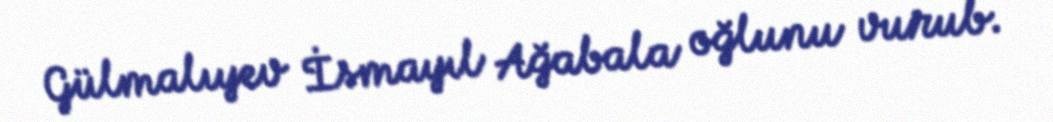
Gülmalıyev İsmayıl Ağabala oğlunu vurub.